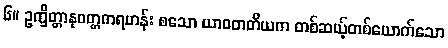
၆။ ဥက္ခိတ္တာနုဝတ္တကရဟန်း စသော ယာဝတတိယက တစ်ဆယ့်တစ်ယောက်သော